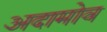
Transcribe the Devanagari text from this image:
अदामोव